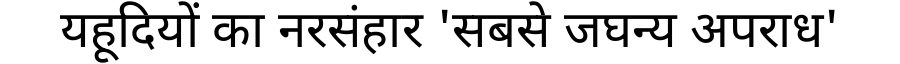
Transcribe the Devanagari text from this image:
यहूदियों का नरसंहार 'सबसे जघन्य अपराध'